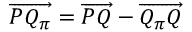
\overrightarrow { P Q _ { \pi } } = \overrightarrow { P Q } - \overrightarrow { Q _ { \pi } Q }